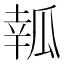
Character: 瓡